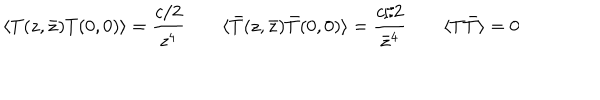
\langle T ( z , \bar { z } ) T ( 0 , 0 ) \rangle = \frac { c / 2 } { z ^ { 4 } } \qquad \langle \bar { T } ( z , \bar { z } ) \bar { T } ( 0 , 0 ) \rangle = \frac { c / 2 } { \bar { z } ^ { 4 } } \qquad \langle T \bar { T } \rangle = 0